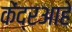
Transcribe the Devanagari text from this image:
केंद्रआहे